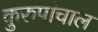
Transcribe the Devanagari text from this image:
कुरुपांचाल